65_HS1-834228961_62-HQ-83894_Serial_130
Agency: FBI
Page 65
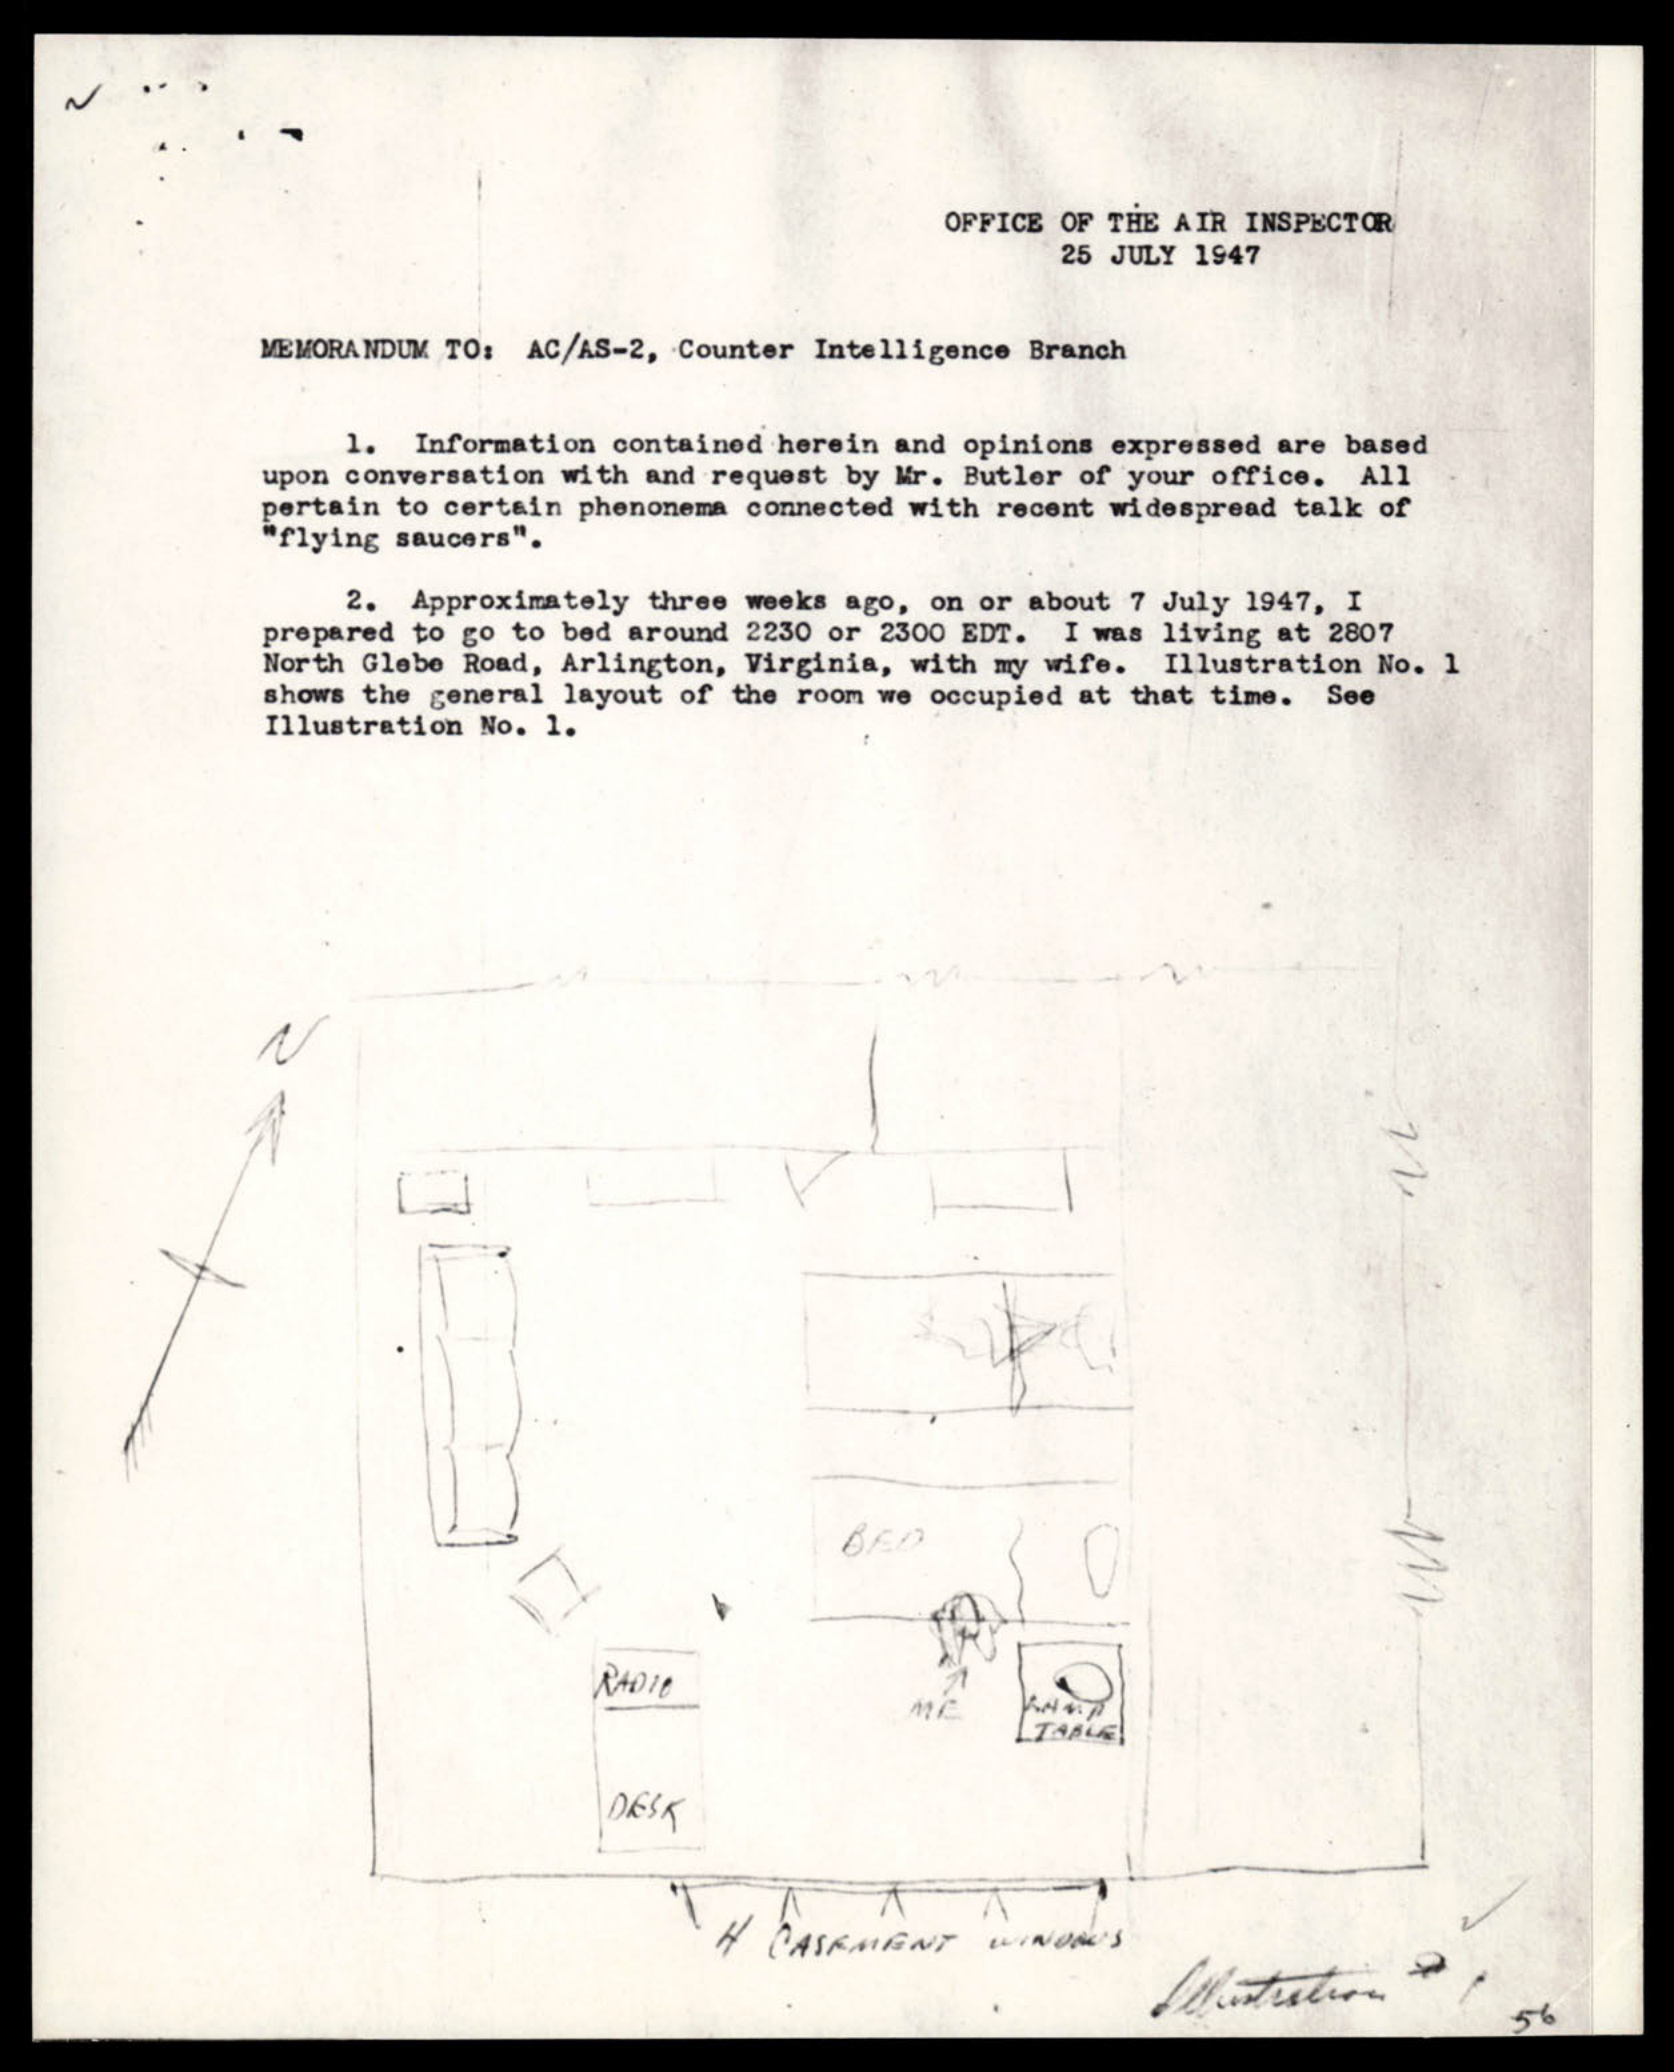